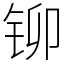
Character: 铆